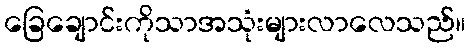
ခြေချောင်းကိုသာအသုံးများလာလေသည်။